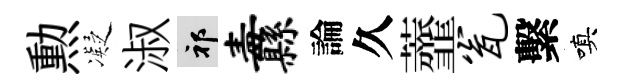
勲凝淑祁纛論久虀瓮繫嗔